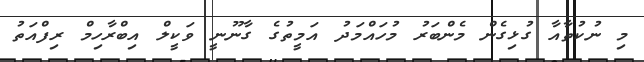
މި ނުކުތާއާ ގުޅިގެން މެންބަރު މުހައްމަދު އަމީތުގެ ގާނޫނީ ވަކީލް އިބްރާހިމް ރިފްއަތު